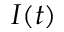
I ( t )